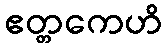
ဧတ္တကေဟိ